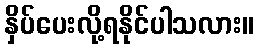
နှိပ်ပေးလို့ရနိုင်ပါသလား။